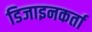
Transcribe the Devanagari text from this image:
डिजाइनकर्ता